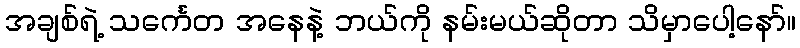
အချစ်ရဲ့ သင်္ကေတ အနေနဲ့ ဘယ်ကို နမ်းမယ်ဆိုတာ သိမှာပေါ့နော်။